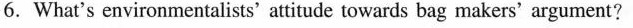
6.What's environmentalists’ attitude towards bag makers’argument?